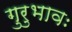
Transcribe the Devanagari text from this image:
गुरुभावः